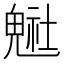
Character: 𲌭